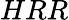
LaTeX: HRR